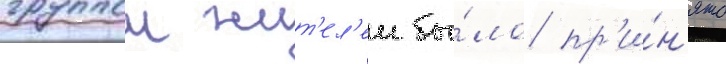
группои жит'ел'еи бы́ло пр'и́н'ято